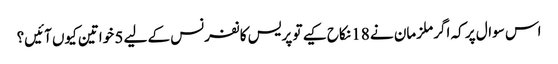
اس سوال پر کہ اگر ملزمان نے 18 نکاح کیے تو پریس کانفرنس کے لیے 5 خواتین کیوں آئیں؟